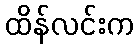
ထိန်လင်းက